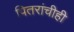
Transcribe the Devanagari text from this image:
पितरांचीही